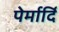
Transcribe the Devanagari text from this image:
पेर्मार्दि